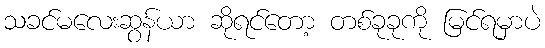
သခင်မလေးဆွန်ယာ ဆိုရင်တော့ တစ်ခုခုကို မြင်ရမှာပဲ